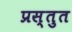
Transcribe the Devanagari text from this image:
प्रस्‍तुत